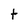
Character: t